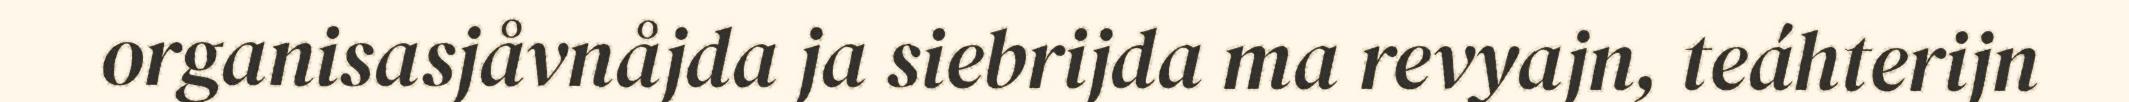
organisasjåvnåjda ja siebrijda ma revyajn, teáhterijn